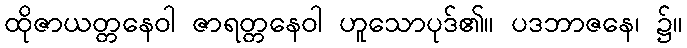
ထိုဇာယတ္တနေဝါ ဇာရတ္တနေဝါ ဟူသောပုဒ်၏။ ပဒဘာဇနေ၊ ၌။